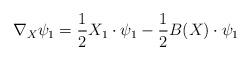
LaTeX: \begin{align*}\nabla_X\psi_1=\frac{1}{2}X_1\cdot\psi_1-\frac{1}{2}B(X)\cdot\psi_1\end{align*}